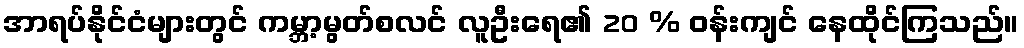
အာရပ်နိုင်ငံများတွင် ကမ္ဘာ့မွတ်စလင် လူဦးရေ၏ 20 % ဝန်းကျင် နေထိုင်ကြသည်။